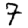
Digit: 7